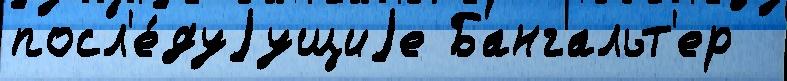
посл'е́дуjущиjе Бангальт'ер